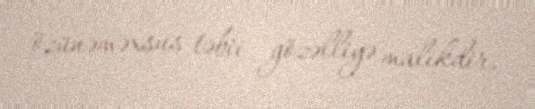
özünəməxsus təbii gözəlliyə malikdir.